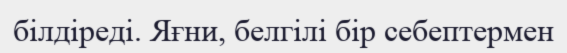
білдіреді. Яғни, белгілі бір себептермен